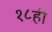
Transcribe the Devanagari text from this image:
१८ही